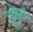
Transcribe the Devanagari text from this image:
हूकेंड